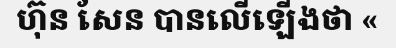
ហ៊ុន សែន បានលើឡើងថា «